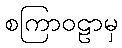
စကြာဝဠာမှ